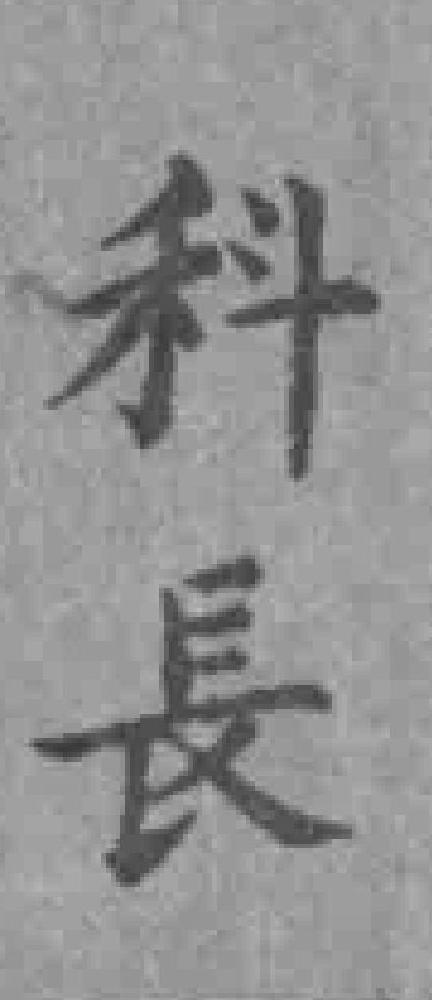
科長